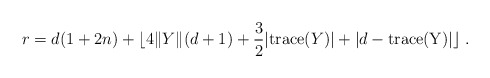
\begin{align*} r = d(1+2n) + \lfloor 4 \| Y \|(d+1) + \frac{3}{2} |{\rm trace}(Y)| + |d-{\rm trace(Y)}| \rfloor~. \end{align*}